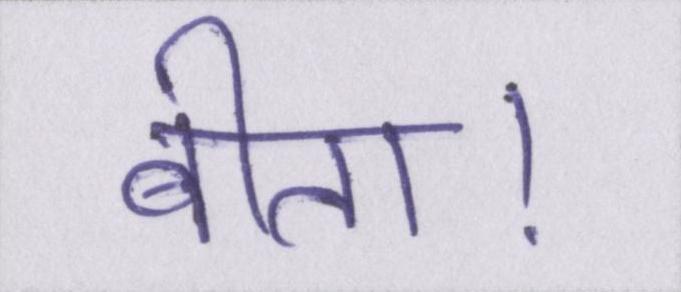
बीता।